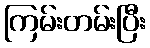
ကြမ်းတမ်းပြီး